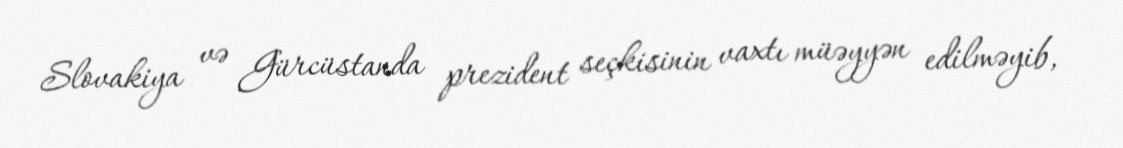
Slovakiya və Gürcüstanda prezident seçkisinin vaxtı müəyyən edilməyib,